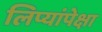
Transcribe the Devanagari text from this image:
लिप्यांपेक्षा